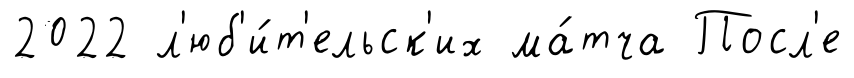
2022 л'юб'и́т'ельск'их ма́тча Посл'е